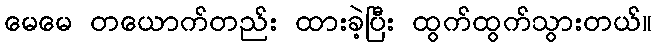
မေမေ တယောက်တည်း ထားခဲ့ပြီး ထွက်ထွက်သွားတယ်။